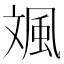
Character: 𩖣